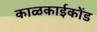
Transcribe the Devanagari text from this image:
काळकाईकोंड